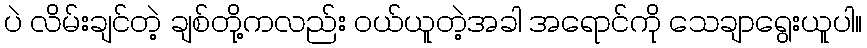
ပဲ လိမ်းချင်တဲ့ ချစ်တို့ကလည်း ဝယ်ယူတဲ့အခါ အရောင်ကို သေချာရွေးယူပါ။